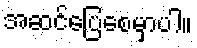
အဆင်ပြေစေမှာပါ။